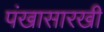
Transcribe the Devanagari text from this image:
पंखासारखी